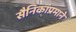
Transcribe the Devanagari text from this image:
सैनिकांप्रमाने